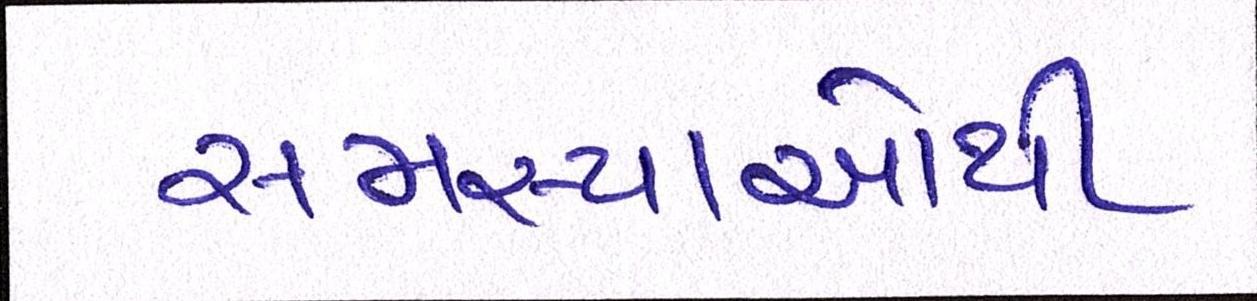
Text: સમસ્યાઓથી